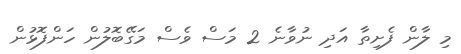
މި ލާން ފެށިތާ އަދި ނުވާނެ 2 މަސް ވެސް މަގޭބޮލުން ހަންފޮޅުން